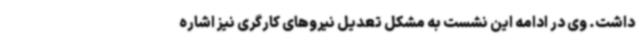
داشت. وی در ادامه این نشست به مشکل تعدیل نیروهای کارگری نیز اشاره